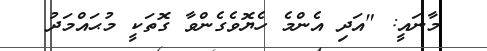
މާނައީ: "އަދި އެންމެ ހެޔޮވެގެންވާ ގޮތަކީ މުޙައްމަދު